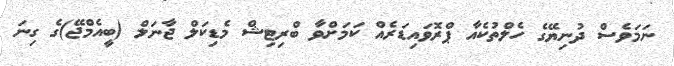
ނަމަވެސް ދުނިޔޭގެ ހެލްތުކެއާ ޕްރޮވައިޑަރެއް ކަމަށްވާ ބްރިޓިޝް މެޑިކަލް ޖާނަލް (ބީއެމްޖޭ)ގެ ގިނަ